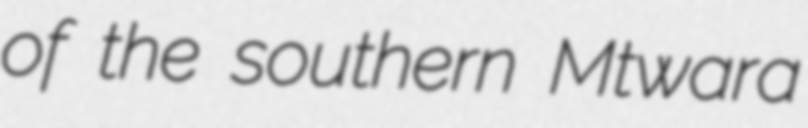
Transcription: of the southern Mtwara